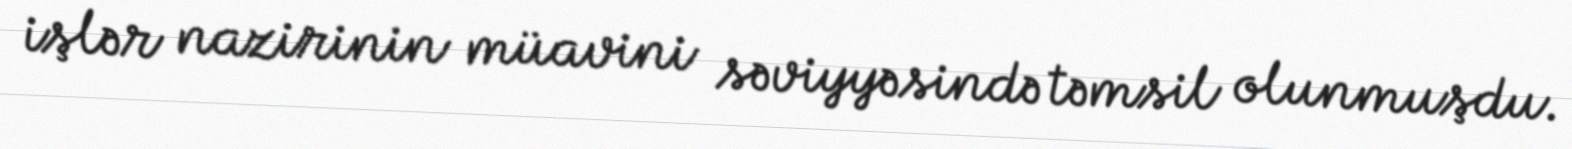
işlər nazirinin müavini səviyyəsində təmsil olunmuşdu.